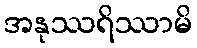
အနုဿရိဿာမိ